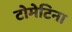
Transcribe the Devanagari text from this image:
टोमेटिना